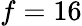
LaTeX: f=16